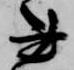
書